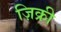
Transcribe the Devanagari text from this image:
ज़िक्री